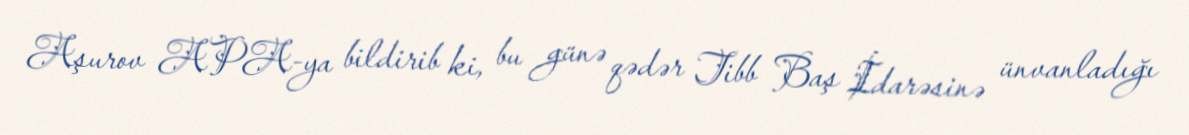
Aşurov APA-ya bildirib ki, bu günə qədər Tibb Baş İdarəsinə ünvanladığı